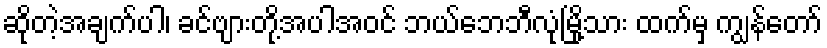
ဆိုတဲ့အချက်ပါ၊ ခင်ဗျားတို့အပါအဝင် ဘယ်ဘေဘီလုံမြို့သား ထက်မှ ကျွန်တော်